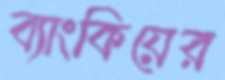
ব্যাংকিয়ের